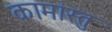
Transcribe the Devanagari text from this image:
कामांस्तु